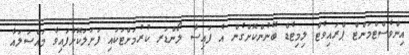
އިންވެސްޓްމަންޓް ޕްރައިވެޓް ލިމިޓެޑް ބޭނުންކޮށްގެން އެ ފައިސާ ލޯންޑަރ ކުރުމަށްޓަކައި ފަށަލަކޮށްފައިވާ މައްސަލައާ